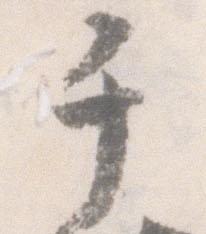
于